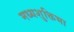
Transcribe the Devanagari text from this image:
मध्यशुक्तिभा